Reports on military cantonments and civil stations in the Presidency of Bombay inspected by the Sanitary Commissioner in the years 1875 and 1876
Year: 1875
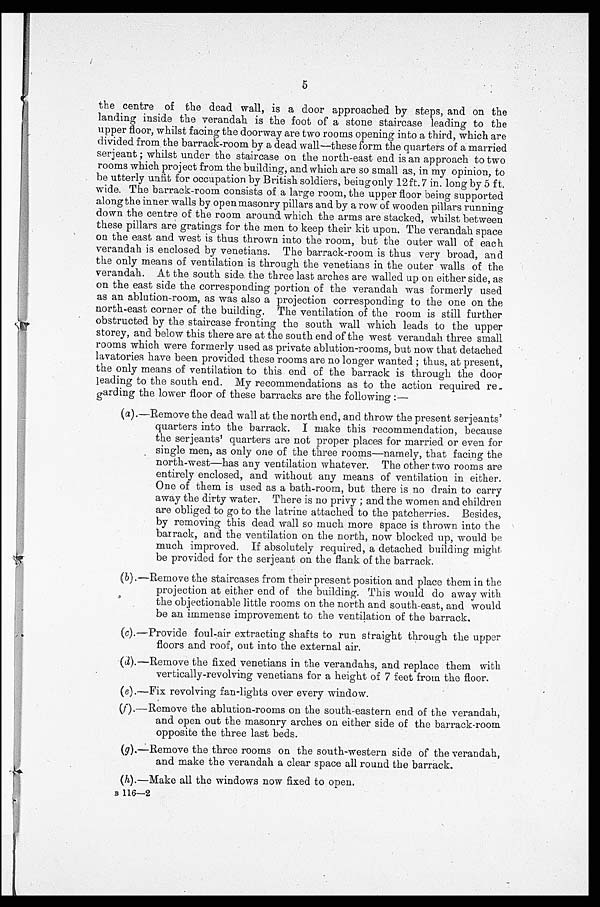
5
the centre of the dead wall, is a door approached by steps, and on the
landing inside the verandah is the foot of a stone staircase leading to the
upper floor, whilst facing the doorway are two rooms opening into a third, which are
divided from the barrack-room by a dead wall—these form the quarters of a married
serjeant; whilst under the staircase on the north-east end is an approach to two
rooms which project from the building, and which are so small as, in my opinion, to
be utterly unfit for occupation by British soldiers, being only 12 ft. 7 in. long by 5 ft.
wide. The barrack-room consists of a large room, the upper floor being supported
along the inner walls by open masonry pillars and by a row of wooden pillars running
down the centre of the room around which the arms are stacked, whilst between
these pillars are gratings for the men to keep their kit upon. The verandah space
on the east and west is thus thrown into the room, but the outer wall of each
verandah is enclosed by venetians. The barrack-room is thus very broad, and
the only means of ventilation is through the venetians in the outer walls of the
verandah. At the south side the three last arches are walled up on either side, as
on the east side the corresponding portion of the verandah was formerly used
as an ablution-room, as was also a projection corresponding to the one on the
north-east corner of the building. The ventilation of the room is still further
obstructed by the staircase fronting the south wall which leads to the upper
storey, and below this there are at the south end of the west verandah three small
rooms which were formerly used as private ablution-rooms, but now that detached
lavatories have been provided these rooms are no longer wanted; thus, at present,
the only means of ventilation to this end of the barrack is through the door
leading to the south end. My recommendations as to the action required re
-garding the lower floor of these barracks are the following :
—
( a).—Remove the dead wall at the north end, and throw the present serjeants'
quarters into the barrack. I make this recommendation, because
the serjeants' quarters are not proper places for married or even for
single men, as only one of the three rooms—namely, that facing the
north-west—has any ventilation whatever. The other two rooms are
entirely enclosed, and without any means of ventilation in either.
One of them is used as a bath-room, but there is no drain to carry
away the dirty water. There is no privy; and the women and children
are obliged to go to the latrine attached to the patcherries. Besides,
by removing this dead wall so much more space is thrown into the
barrack, and the ventilation on the north, now blocked up, would be
much improved. If absolutely required, a detached building might
be provided for the serjeant on the flank of the barrack.
( b).—Remove the staircases from their present position and place them in the
projection at either end of the building. This would do away with
the objectionable little rooms on the north and south-east, and would
be an immense improvement to the ventilation of the barrack.
(c).—Provide foul-air extracting shafts to run straight through the upper
floors and roof, out into the external air.
( d).—Remove the fixed venetians in the verandahs, and replace them with
vertically-revolving venetians for a height of 7 feet from the floor.
( e).—Fix revolving fan-lights over every window.
(f).—Remove the ablution-rooms on the south-eastern end of the verandah,
and open out the masonry arches on either side of the barrack-room
opposite the three last beds.
(g).—Remove the three rooms on the south-western side of the verandah,
and make the verandah a clear space all round the barrack.
(h).—Make all the windows now fixed to open.
B 116—2